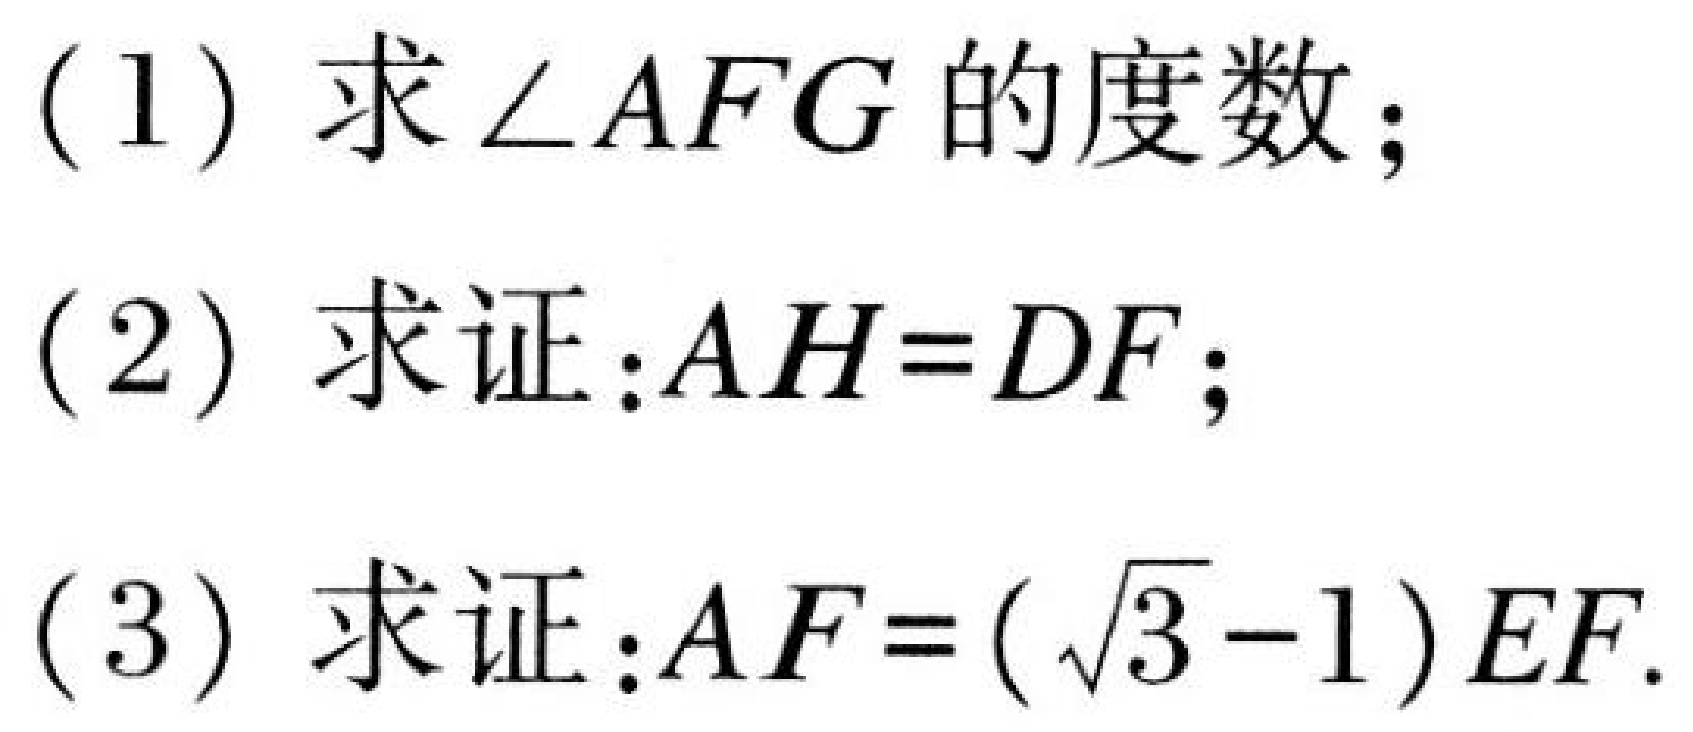
(1) 求\(\angle AFG\) 的度数；
(2) 求证：\(AH = DF\)；
(3) 求证：\(AF = (\sqrt{3}-1)EF\).